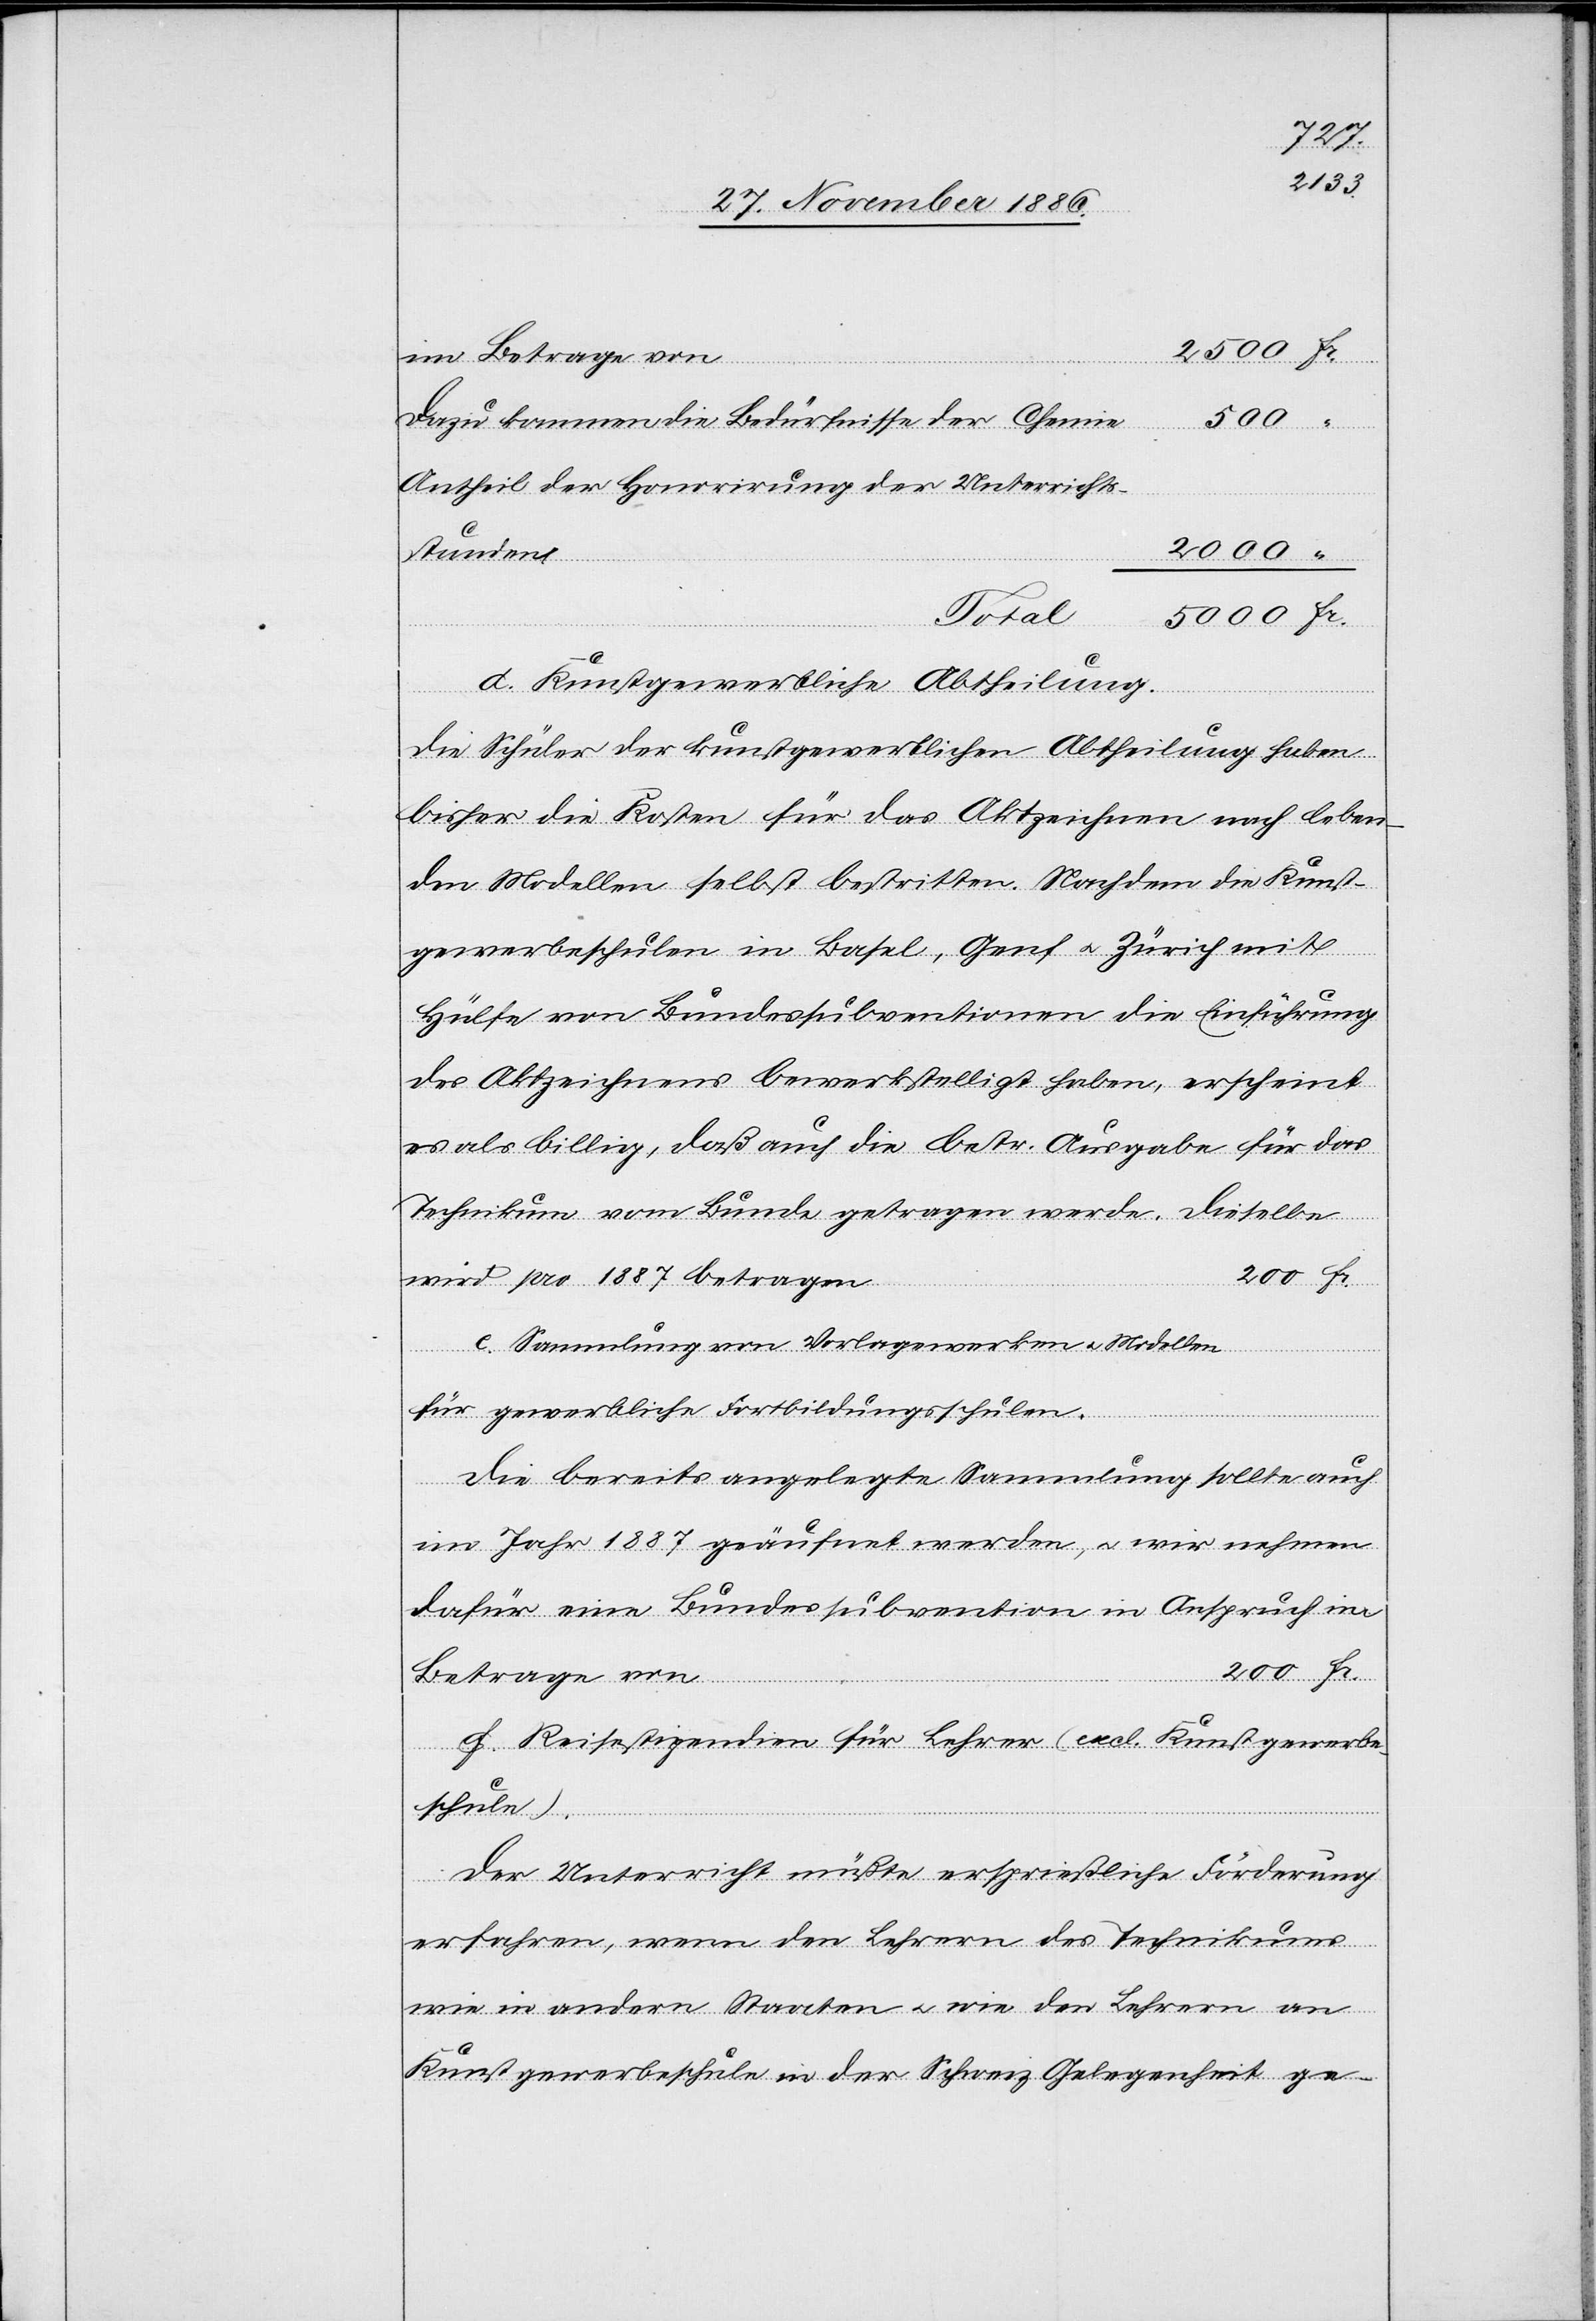
im Betrage von
Dazu kommen die Bedürfnisse der Chemie
Antheil der Honorirung der Unterrichts¬
stunden
Total
“
d. Kunstgewerbliche Abtheilung.
Betrage
Die Schüler der kunstgewerblichen Abtheilung haben
bisher die Kosten für das Aktzeichnen nach leben¬
den Modellen selbst bestritten. Nachdem die Kunst¬
gewerbeschulen in Basel, Genf & Zürich mit
Hülfe von Bundessubventionen die Einführung
des Aktzeichnens bewerkstelligt haben, erscheint
es als billig, daß auch die betr. Ausgabe für das
wird pro 1887 betragen
e. Sammlung von Vorlagewerken & Modellen
für gewerbliche Fortbildungsschulen.
Die bereits angelegte Sammlung sollte auch
im Jahr 1887 geäufnet werden, & wir nehmen
dafür eine Bundessubvention in Anspruch im
f. Reisestipendien für Lehrer (excl. Kunstgewerbe¬
schule).
Der Unterricht müßte ersprießliche Förderung
erfahren, wenn den Lehrern des Technikums
wie in andern Staaten & wie den Lehrern an
Kunstgewerbeschule[n] in der Schweiz Gelegenheit ge-